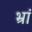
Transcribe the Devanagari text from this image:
भ्रां